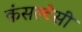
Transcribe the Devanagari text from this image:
कंसल्टेसी